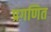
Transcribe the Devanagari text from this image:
प्रगणित